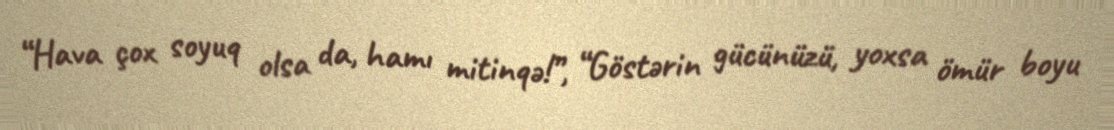
“Hava çox soyuq olsa da, hamı mitinqə!”, “Göstərin gücünüzü, yoxsa ömür boyu